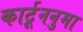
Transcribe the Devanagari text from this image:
कार्टूननुमा